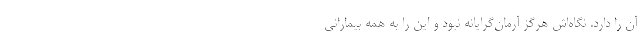
آن را دارد. نگاه‌اش هرگز آرمان‌گرایانه نبود و این را به همه بیمارانی